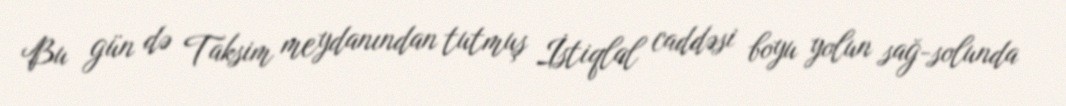
Bu gün də Taksim meydanından tutmuş İstiqlal caddəsi boyu yolun sağ-solunda